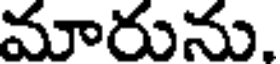
మారును.